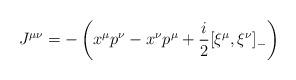
LaTeX: \begin{align*}J^{\mu\nu}=-\left(x^\mu p^\nu-x^\nu p^\mu+\frac{i}{2}[\xi^\mu,\xi^\nu]_-\right)\end{align*}